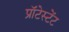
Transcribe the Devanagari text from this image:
प्रॉटेस्टेंट